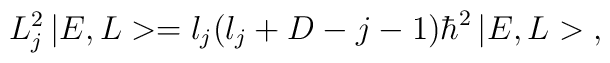
L_{j}^{2}   \,| E , L >=l_{j} (l_{j} +D-j-1) \hbar^{2}\,| E , L >\;  ,